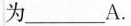
为___A。